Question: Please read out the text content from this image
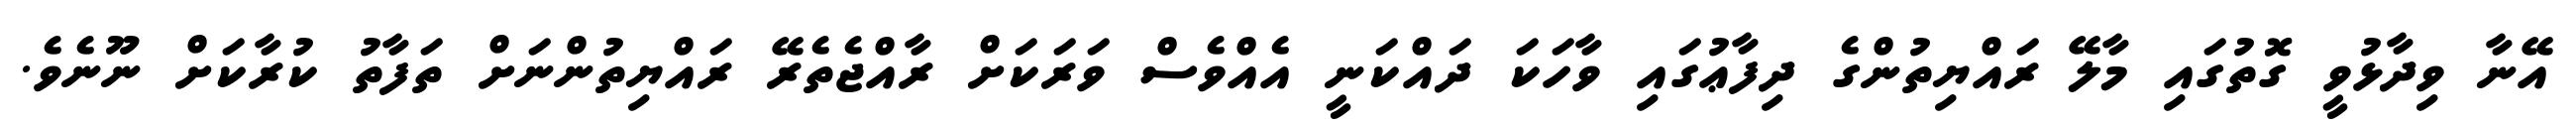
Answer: އޭނާ ވިދާޅުވީ ގޮތުގައި މާލޭ ރައްޔިތުންގެ ދިފާޢުގައި ވާހަކަ ދައްކަނީ އެއްވެސް ވަރަކަށް ރާއްޖެތެރޭ ރައްޔިތުންނަށް ތަފާތު ކުރާކަށް ނޫނެވެ.